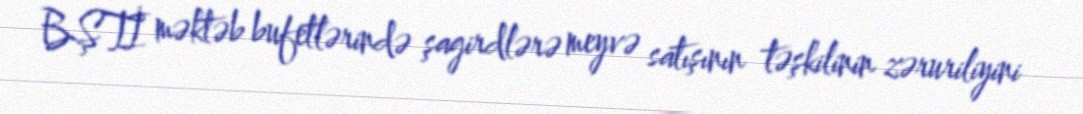
BŞTİ məktəb bufetlərində şagirdlərə meyvə satışının təşkilinin zəruriliyini